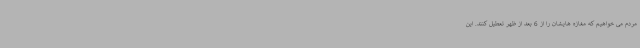
مردم می خواهیم که مغازه هایشان را از 6 بعد از ظهر تعطیل کنند. این